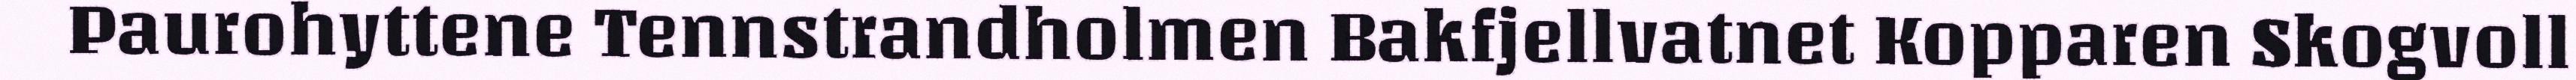
Paurohyttene Tennstrandholmen Bakfjellvatnet Kopparen Skogvoll